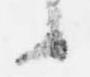
候